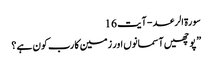
سورة الرعد - آیت 16
” پوچھیں آسمانوں اور زمین کا رب کون ہے ؟